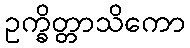
ဥက္ခိတ္တာသိကော